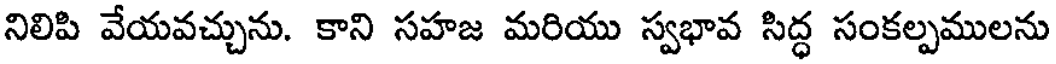
నిలిపి వేయవచ్చును. కాని సహజ మరియు స్వభావ సిద్ధ సంకల్పములను